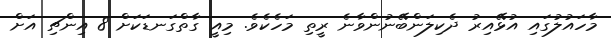
މާހައުލުގައި އުޅޭއިރު ދެކިލަންބޭނުންވާނެ ރީތި މަހެކެވެ. މިއީ ގާތްގަނޑަކަށް 8 އިންޗި އަށް